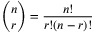
{ \binom { n } { r } } = { \frac { n ! } { r ! ( n - r ) ! } }